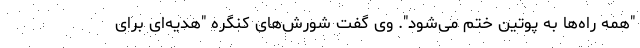
"همه راه‌ها به پوتین ختم می‌شود". وی گفت شورش‌های کنگره "هدیه‌ای برای